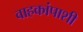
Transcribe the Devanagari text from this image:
वाहकांपाशी